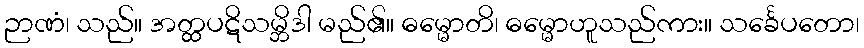
ဉာဏံ၊ သည်။ အတ္ထပဋိသမ္ဘိဒါ မည်၏။ ဓမ္မောတိ၊ ဓမ္မောဟူသည်ကား။ သင်္ခေပတော၊